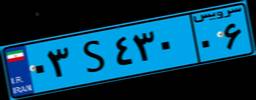
۰۳S۴۳۰۰۶